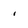
Character: i